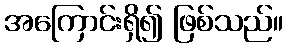
အကြောင်းရှိ၍ ဖြစ်သည်။